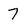
Character: 7